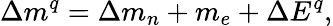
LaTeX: \Delta m^{q}=\Delta m_{n}+m_{e}+\Delta E^{q},